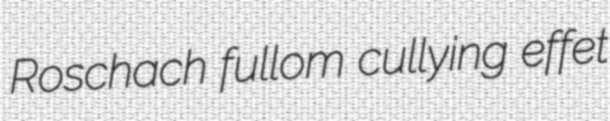
Roschach fullom cullying effet